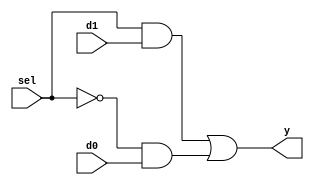
module b1_mux_2_1_comb
(
    input  d0,
    input  d1,
    input  sel,
    output y
);

    assign y = (sel & d1) | ((~sel) & d0);

endmodule

module b1_mux_2_1_sel
(
    input  d0,
    input  d1,
    input  sel,
    output y
);

    assign y = sel ? d1 : d0;

endmodule

module b1_mux_2_1_if
(
    input  d0,
    input  d1,
    input  sel,
    output reg y
);
    always@(*)
    begin
        if(sel)
            y = d1;
        else 
            y = d0;
    end

endmodule

module b1_mux_2_1_case
(
    input  d0,
    input  d1,
    input  sel,
    output reg y
);
    always@(*)
    begin
        case (sel)
            0: y = d0;
            1: y = d1;
        endcase
    end

endmodule


module lab4
(
    input   [ 1:0]  KEY,
    input   [ 9:0]  SW,
    output  [ 9:0]  LEDR
);

    b1_mux_2_1_comb b1_mux_2_1_comb  (SW[0], SW[1], KEY[0], LEDR[0]);
    b1_mux_2_1_sel b1_mux_2_1_sel    (SW[0], SW[1], KEY[0], LEDR[1]);
    b1_mux_2_1_if b1_mux_2_1_if      (SW[0], SW[1], KEY[0], LEDR[2]);
    b1_mux_2_1_case b1_mux_2_1_case  (SW[0], SW[1], KEY[0], LEDR[3]);

endmodule